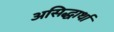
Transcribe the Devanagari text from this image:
असिद्धार्था